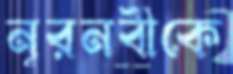
নূরনবীকে